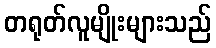
တရုတ်လူမျိုးများသည်